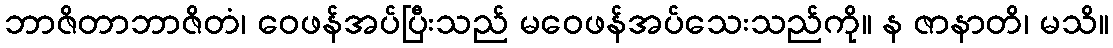
ဘာဇိတာဘာဇိတံ၊ ဝေဖန်အပ်ပြီးသည် မဝေဖန်အပ်သေးသည်ကို။ န ဇာနာတိ၊ မသိ။